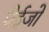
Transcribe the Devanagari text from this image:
घेईजो